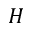
H